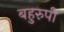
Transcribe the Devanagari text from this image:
बहुरुपी